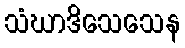
သံဃာဒိသေသေန